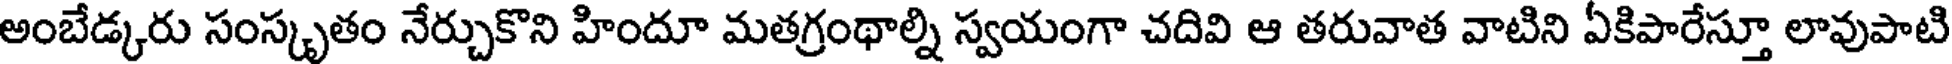
అంబేడ్కరు సంస్కృతం నేర్చుకొని హిందూ మతగ్రంథాల్ని స్వయంగా చదివి ఆ తరువాత వాటిని ఏకిపారేస్తూ లావుపాటి